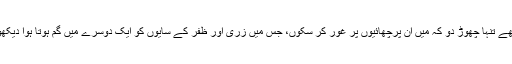
مجھے تنہا چھوڑ دو کہ میں ان پرچھائیوں پر غور کر سکوں، جس میں زری اور ظفر کے سایوں کو ایک دوسرے میں گم ہوتا ہوا دیکھوں۔